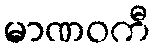
မာဏဝကီ